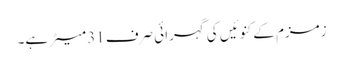
زمزم کے کنوئیں کی گہرائی صرف 31 میٹر ہے۔